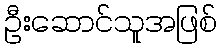
ဦးဆောင်သူအဖြစ်